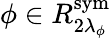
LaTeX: \phi\in R_{2\lambda_{\phi}}^{\textrm{sym}}